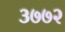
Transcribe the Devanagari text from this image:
३७७२